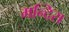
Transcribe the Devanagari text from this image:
मन्दिरा